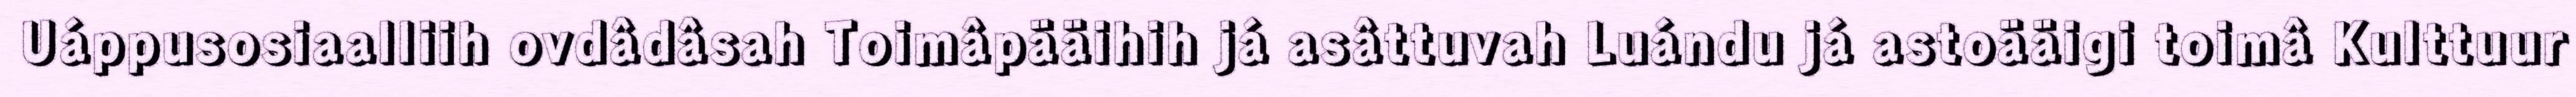
Uáppusosiaalliih ovdâdâsah Toimâpääihih já asâttuvah Luándu já astoääigi toimâ Kulttuur